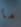
ما